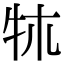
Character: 𤘱